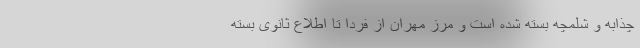
چذابه و شلمچه بسته شده است و مرز مهران از فردا تا اطلاع ثانوی بسته